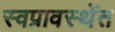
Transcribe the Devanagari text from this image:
स्वप्नावस्थेंत